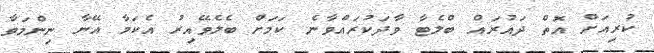
ކުރިއަށް އޮތް ދައުރައް ބްލެޓާ ވާދަކުރައްވާނެ ކަމަށް ބެލެވޭއިރު އެކަމާ އޭނާ ނިންމަވާ